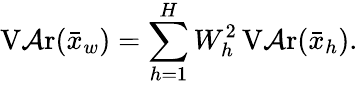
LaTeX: \operatorname{V\mathcal{A}r}({\bar{{x}}}_{w})=\sum_{h=1}^{H}W_{h}^{2}\operatorname{V\mathcal{A}r}({\bar{{x}}}_{h}).